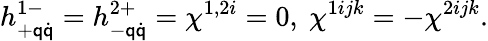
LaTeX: h_{+\mathsf{q}\dot{{\mathsf{q}}}}^{1-}=h_{-\mathsf{q}\dot{{\mathsf{q}}}}^{2+}=\chi^{1,2i}=0,\ \chi^{1ijk}=-\chi^{2ijk}.